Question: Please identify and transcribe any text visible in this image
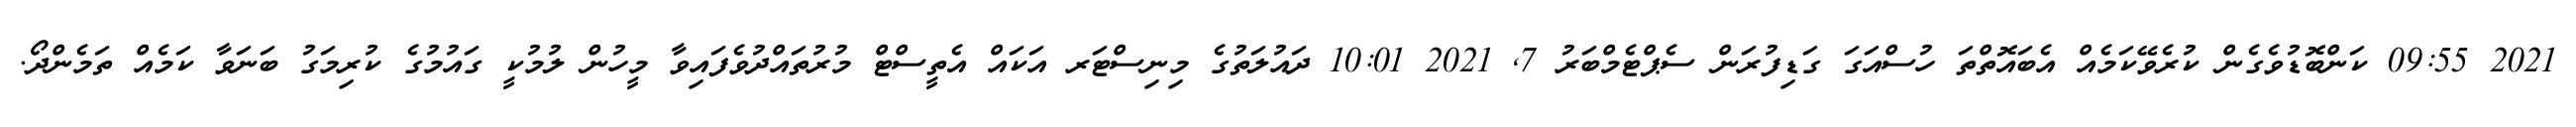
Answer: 2021 09:55 ކަންބޮޑުވެގެން ކުރެވޭކަމެއް އެބައޮތްތަ ހުސްއަގަ ގަޑިފުރަން ސެޕްޓެމްބަރު 7, 2021 10:01 ދައުލަތުގެ މިނިސްޓަރ އަކައް އެތީސްޓް މުރުތައްދުވެފައިވާ މީހުން ލުމުކީ ގައުމުގެ ކުރިމަގު ބަނަވާ ކަމެއް ތަމެންދޯ.